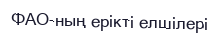
ФАО-ның ерікті елшілері